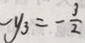
- y _ { 3 } = - \frac { 3 } { 2 }